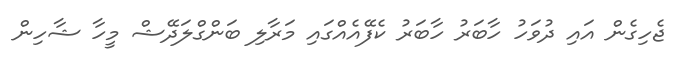
ޖެހިގެން އައި ދުވަހު ހާބަރު ހާބަރު ކެފޭއެއްގައި މަރާލި ބަންގްލަދޭޝް މީހާ ޝާހިން